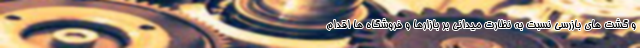
و گشت های بازرسی نسبت به نظارت میدانی بر بازارها و فروشگاه ها اقدام